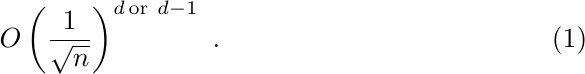
\begin{equation}
O\left(\frac{1}{\sqrt{n}}\right)^{d\,\text{or}\ d-1} \ .
\end{equation}